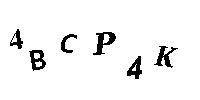
4BCP4K